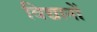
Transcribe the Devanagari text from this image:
विद्यानों